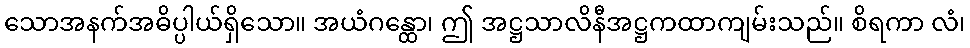
သောအနက်အဓိပ္ပါယ်ရှိသော။ အယံဂန္ထော၊ ဤ အဋ္ဌသာလိနီအဋ္ဌကထာကျမ်းသည်။ စိရကာ လံ၊